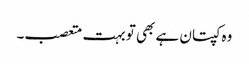
وہ کپتان ہے بھی تو بہت متعصب۔